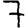
Digit: 7